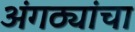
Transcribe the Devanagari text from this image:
अंगठ्यांचा